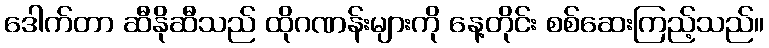
ဒေါက်တာ ဆီနိုဆီသည် ထိုဂဏန်းများကို နေ့တိုင်း စစ်ဆေးကြည့်သည်။